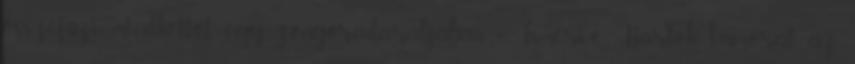
összefűzi mindkettőt egy zongoradarabjában. 2. Ismeri-e Bartók humorát az,